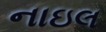
નાઇલ